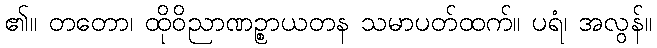
၏။ တတော၊ ထိုဝိညာဏဉ္စာယတန သမာပတ်ထက်။ ပရံ၊ အလွန်။